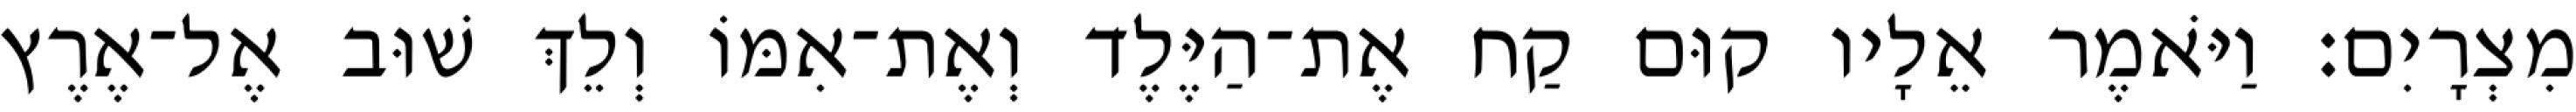
מִצְרָיִם׃ וַיֹּאמֶר אֵלָיו קוּם קַח אֶת־הַיֶּלֶד וְאֶת־אִמּוֹ וְלֵךְ שׁוּב אֶל־אֶרֶץ